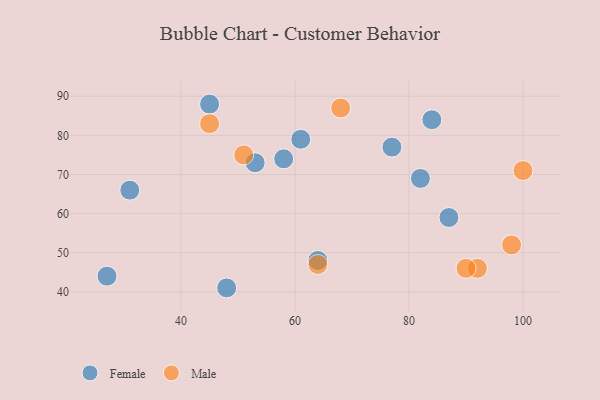
{"axis": {"x": "GDP", "y": "Life Expectancy"}, "legend": ["Female", "Male"], "data": [{"x": "31", "y": 66, "type": "Female"}, {"x": "87", "y": 59, "type": "Female"}, {"x": "64", "y": 48, "type": "Female"}, {"x": "45", "y": 88, "type": "Female"}, {"x": "82", "y": 69, "type": "Female"}, {"x": "58", "y": 74, "type": "Female"}, {"x": "84", "y": 84, "type": "Female"}, {"x": "53", "y": 73, "type": "Female"}, {"x": "61", "y": 79, "type": "Female"}, {"x": "48", "y": 41, "type": "Female"}, {"x": "27", "y": 44, "type": "Female"}, {"x": "77", "y": 77, "type": "Female"}, {"x": "64", "y": 47, "type": "Male"}, {"x": "92", "y": 46, "type": "Male"}, {"x": "100", "y": 71, "type": "Male"}, {"x": "98", "y": 52, "type": "Male"}, {"x": "45", "y": 83, "type": "Male"}, {"x": "68", "y": 87, "type": "Male"}, {"x": "51", "y": 75, "type": "Male"}, {"x": "90", "y": 46, "type": "Male"}]}